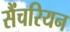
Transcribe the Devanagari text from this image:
सैंचरियन